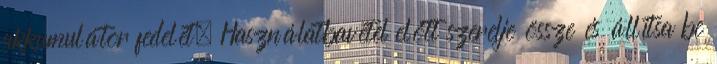
akkumulátor fedelét. Használatbavétel előtt szerelje össze és állítsa be